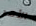
الأمر